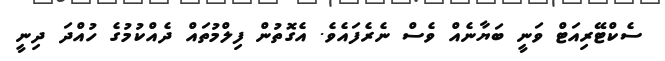
ސެކްޓޭރިއަޓް ވަނީ ބަޔާނެއް ވެސް ނެރެފައެވެ. އެގޮތުން ފިލްމުތައް ދެއްކުމުގެ ހުއްދަ ދިނީ